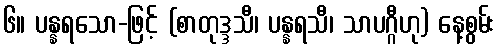
၆။ ပန္နရသော-ဖြင့် (စာတုဒ္ဒသီ၊ ပန္နရသီ၊ သာပဂ္ဂီဟု) နေ့စွမ်း